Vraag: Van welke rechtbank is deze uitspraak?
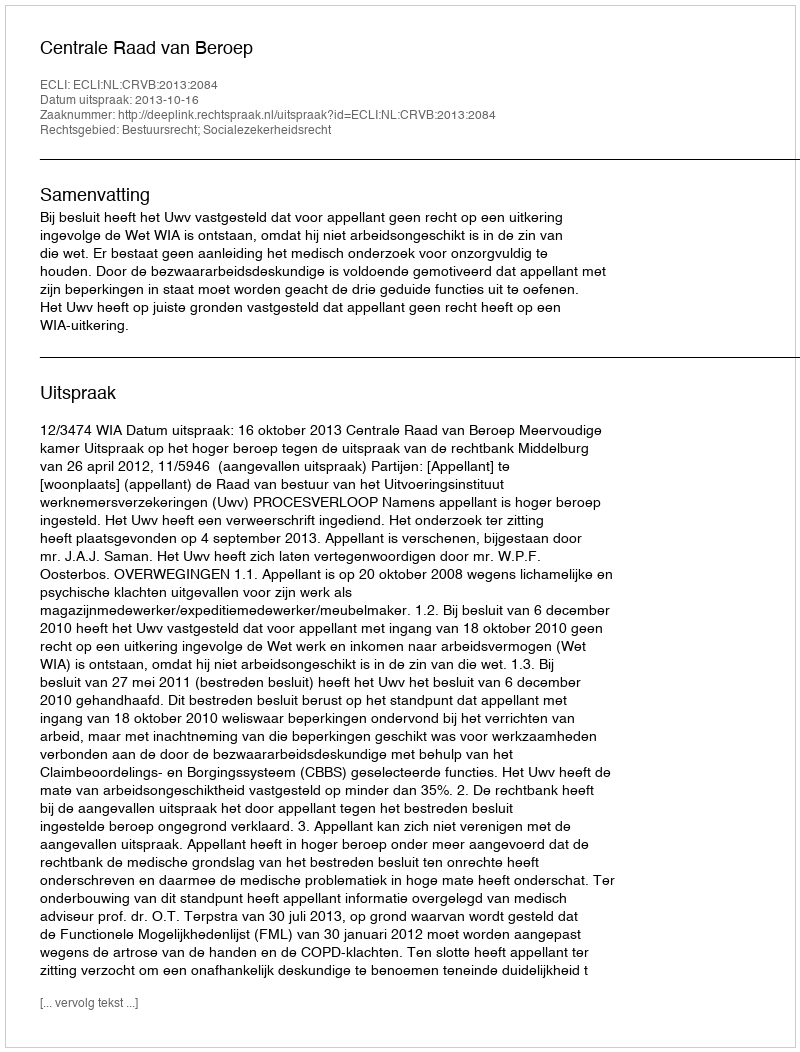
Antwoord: Centrale Raad van Beroep